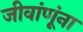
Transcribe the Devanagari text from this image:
जीवांणूंना